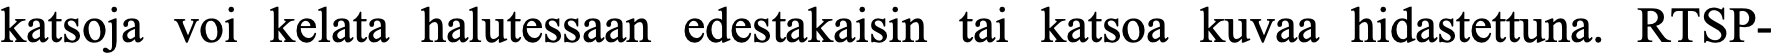
katsoja voi kelata halutessaan edestakaisin tai katsoa kuvaa hidastettuna. RTSP-